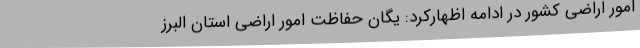
امور اراضی کشور در ادامه اظهارکرد: یگان حفاظت امور اراضی استان البرز